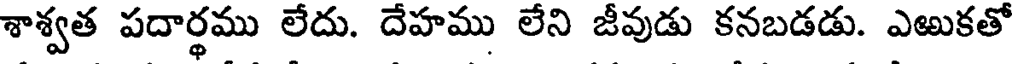
శాశ్వత పదార్థము లేదు. దేహము లేని జీవుడు కనబడడు. ఎఱుకతో